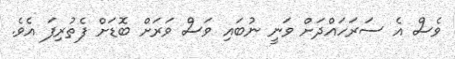
ވެސް އެ ސަރަހައްދަށް ވަނީ ނުބައި ވަސް ވަރަށް ބޮޑަށް ފެތުރިފަ އެވެ.